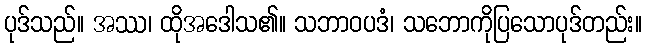
ပုဒ်သည်။ အဿ၊ ထိုအဒေါသ၏။ သဘာဝပဒံ၊ သဘောကိုပြသောပုဒ်တည်း။